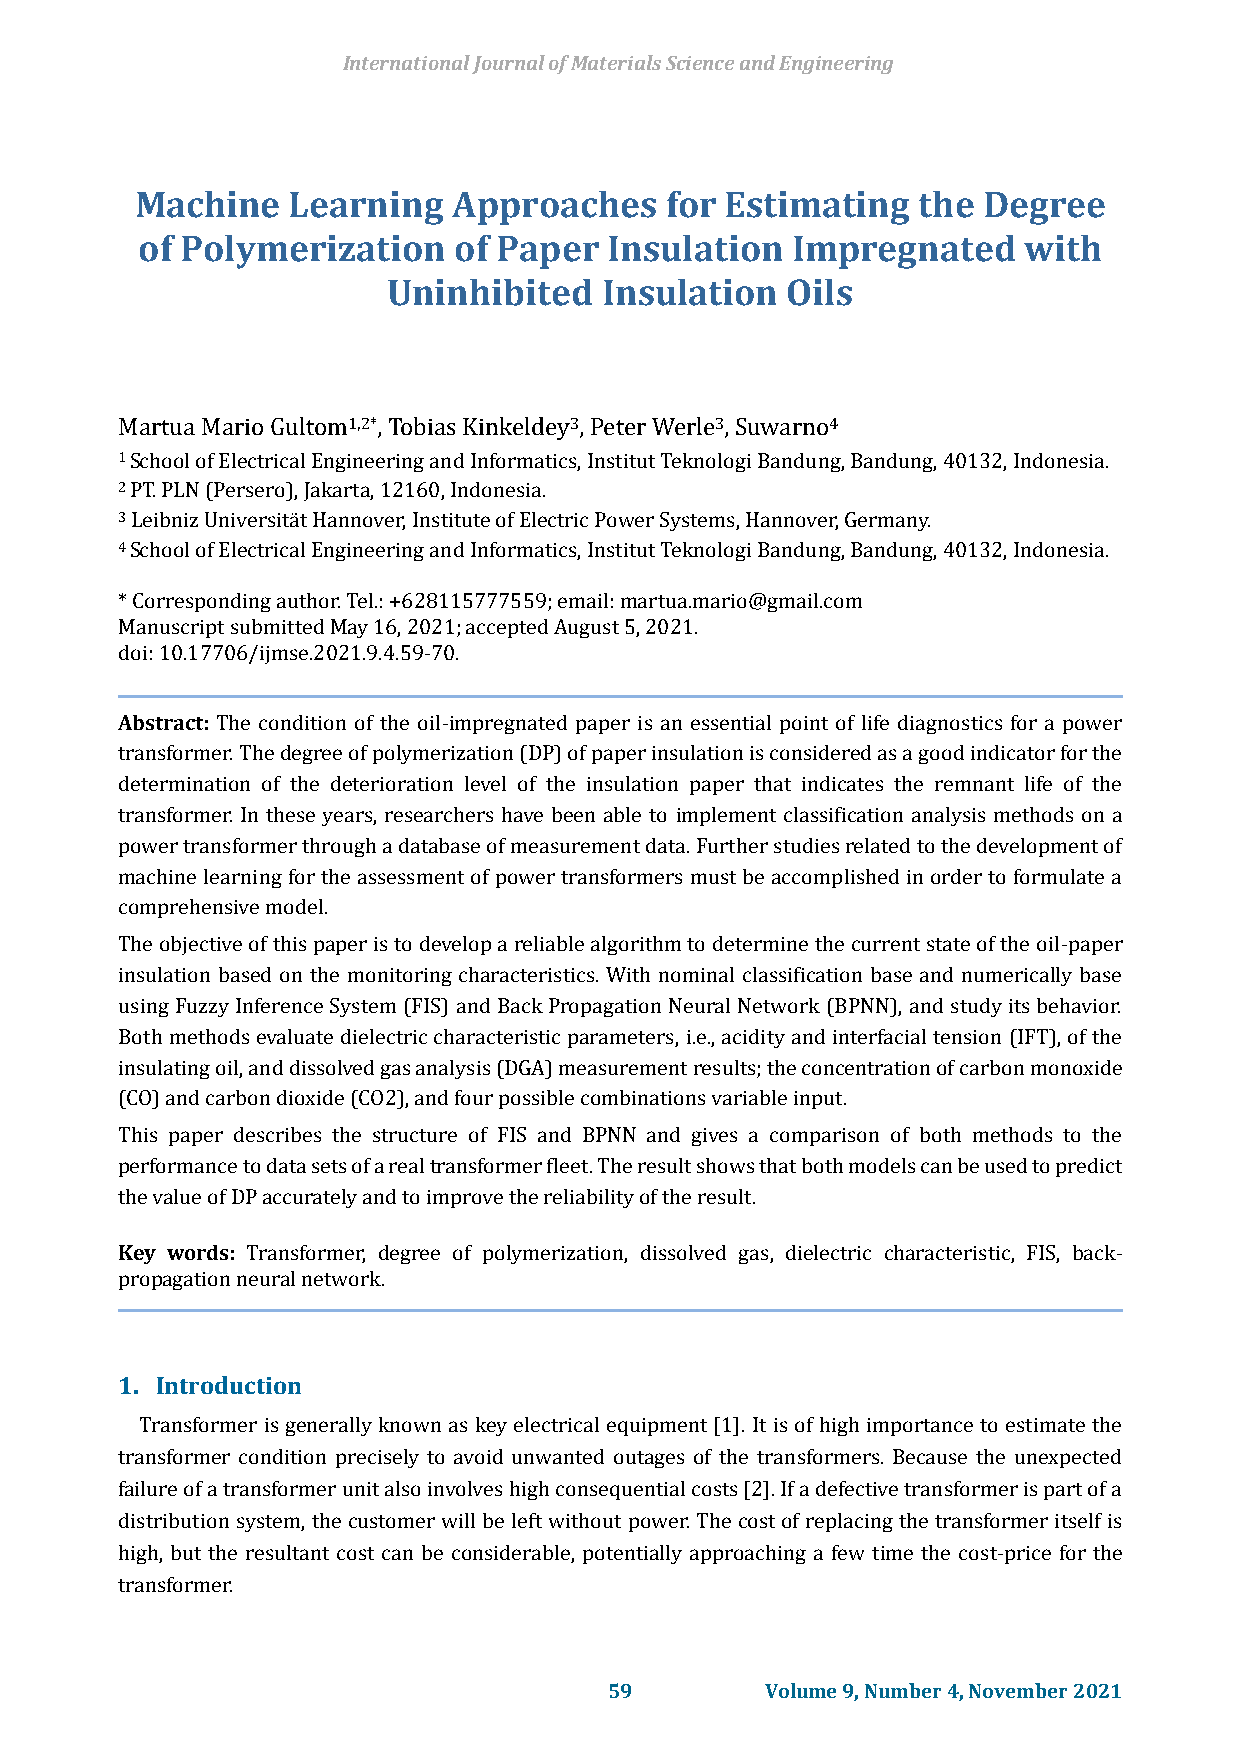
International Journal of Materials Science and Engineering
 Machine   Learning   Approaches    for Estimating   the Degree
 of Polymerization    of Paper  Insulation  Impregnated     with
 Uninhibited   Insulation  Oils
 Martua Mario Gultom1,2*, Tobias Kinkeldey3, PeterWerle3, Suwarno4
 1 School of Electrica l Engine ering an d Informat ics, Institut Teknologi Bandung,Bandung,40132,Indonesia.
 2 PT. PLN (Persero),Jakarta,12160,Indonesia.
 3Leibniz Universität Hannover, Institute of Electric Power Systems, Hannover, Germany.
 4School of Electrical Engineering and Informatics, Institut Teknologi Bandung,Bandung, 40132,Indonesia.
 * Corresponding author. Tel.: +628115777559; email:martua.mario@gmail.com
 Manuscript submittedMay 16, 2021; accepted August5, 2021.
 doi: 10.17706/ijmse.2021.9.4.59-70.
 Abstract: The condition of the oil-impregnated paper is an essential point of life diagnostics for a power
 transformer. The degree of polymerization (DP) of paper insulation is considered as a good indicator for the
 determination of the deterioration level of the insulation paper that indicates the remnant life of the
 transformer. In these years, researchers have been able to implement classification analysis methods on a
 power transformer through a database of measurement data. Further studies related to the development of
 machine learning for the assessment of power transformers must be accomplished in order to formulate a
 comprehensive model.
 The objective of this paper is to develop a reliable algorithm to determine the current state of the oil-paper
 insulation based on the monitoring characteristics. With nominal classification base and numerically base
 using Fuzzy Inference System (FIS) and Back Propagation Neural Network (BPNN), and study its behavior.
 Both methods evaluate dielectric characteristic parameters, i.e., acidity and interfacial tension (IFT), of the
 insulating oil, and dissolved gas analysis (DGA) measurement results; the concentration of carbon monoxide
 (CO) and carbon dioxide (CO2), and four possible combinations variable input.
 This paper describes the structure of FIS and BPNN and gives a comparison of both methods to the
 performance to data sets of a real transformer fleet. The result shows that both models can be used to predict
 the value of DP accurately and to improve the reliability of the result.
 Key words: Transformer, degree of polymerization, dissolved gas, dielectric characteristic, FIS, back-
 propagation neural network.
 1. Introduction
 Transformer is generally known as key electrical equipment [1]. It is of high importance to estimate the
 transformer condition precisely to avoid unwanted outages of the transformers. Because the unexpected
 failure of a transformer unit also involves high consequential costs [2]. If a defective transformer is part of a
 distribution system, the customer will be left without power. The cost of replacing the transformer itself is
 high, but the resultant cost can be considerable, potentially approaching a few time the cost-price for the
 transformer.
 59         Volume 9, Number 4, November 2021